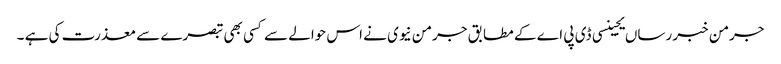
جرمن خبر رساں یجینسی ڈی پی اے کے مطابق جرمن نیوی نے اس حوالے سے کسی بھی تبصرے سے معذرت کی ہے ۔